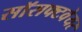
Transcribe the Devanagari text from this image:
सॉसफ्टवेयर